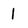
Character: 1